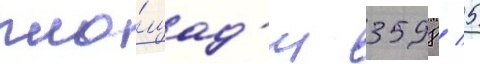
пло́щад'и 3598 / 5